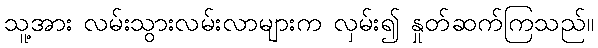
သူ့အား လမ်းသွားလမ်းလာများက လှမ်း၍ နှုတ်ဆက်ကြသည်။